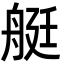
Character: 艇